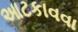
આટકાવવા